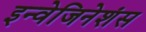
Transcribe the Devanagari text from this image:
इन्वेजिनेशंस